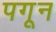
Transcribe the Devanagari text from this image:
पगून